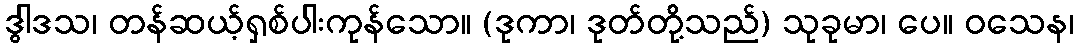
ဒွါဒသ၊ တန်ဆယ့်ရှစ်ပါးကုန်သော။ (ဒုကာ၊ ဒုတ်တို့သည်) သုခုမာ၊ ပေ။ ဝသေန၊